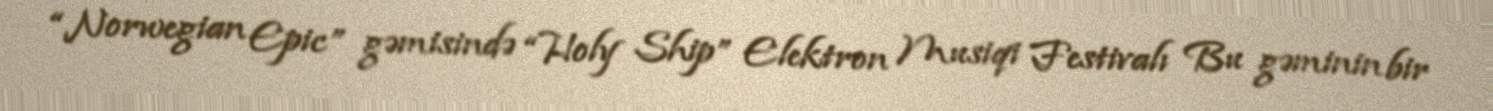
“Norwegian Epic” gəmisində “Holy Ship” Elektron Musiqi Festivalı Bu gəminin bir